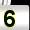
Digit: 5